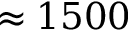
\approx 1 5 0 0